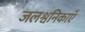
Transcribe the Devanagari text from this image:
जलश्वनिकाएँ